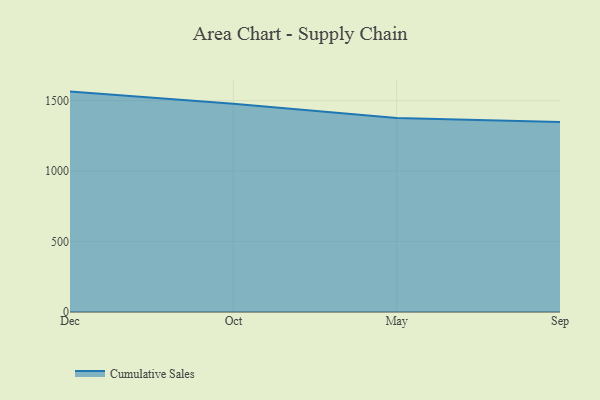
{"axis": {"x": "Month", "y": "Website Visitors"}, "legend": ["Cumulative Sales"], "data": [{"x": "Dec", "y": 1564.2, "type": "Cumulative Sales"}, {"x": "Oct", "y": 1477.2, "type": "Cumulative Sales"}, {"x": "May", "y": 1377.3, "type": "Cumulative Sales"}, {"x": "Sep", "y": 1348.7, "type": "Cumulative Sales"}]}